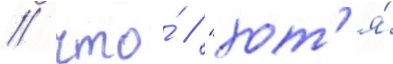
/ что́ / "хот'я́